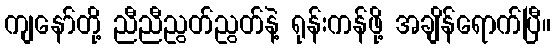
ကျနော်တို့ ညီညီညွတ်ညွတ်နဲ့ ရုန်းကန်ဖို့ အချိန်ရောက်ပြီ။